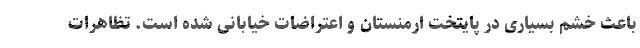
باعث خشم بسیاری در پایتخت ارمنستان و اعتراضات خیابانی شده است. تظاهرات